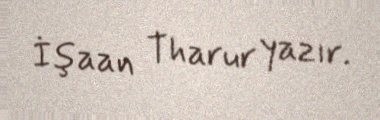
İşaan Tharur yazır.